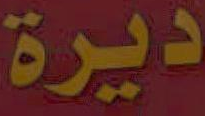
ديرة